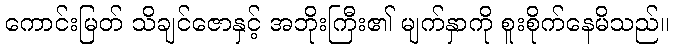
ကောင်းမြတ် သိချင်ဇောနှင့် အဘိုးကြီး၏ မျက်နှာကို စူးစိုက်နေမိသည်။